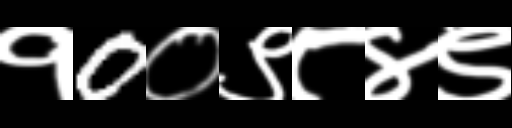
Text: १0०९८४९